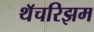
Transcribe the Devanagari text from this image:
थॅचरिझम